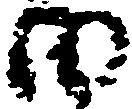
田